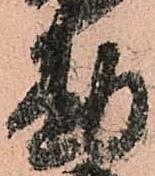
勘